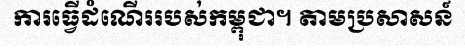
ការធ្វើដំណើររបស់កម្ពុជា។ តាមប្រសាសន៍